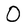
Character: O